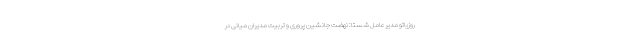
روزیاتو مدیرعامل شستا: نهضت جانشین پروری و تربیت مدیران میانی در